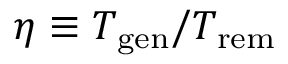
\eta \equiv T _ { \mathrm { g e n } } / T _ { \mathrm { r e m } }